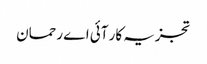
تجزیہ کار آئی اے رحمان